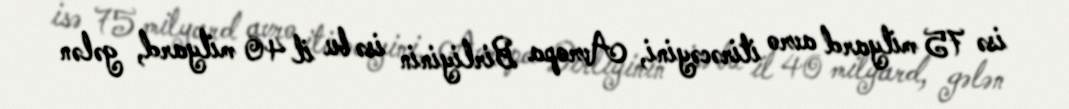
isə 75 milyard avro itirəcəyini, Avropa Birliyinin isə bu il 40 milyard, gələn